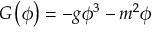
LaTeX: G \left( \phi \right) = - g \phi ^ { 3 } - m ^ { 2 } \phi